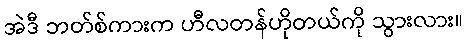
အဲဒီ ဘတ်စ်ကားက ဟီလတန်ဟိုတယ်ကို သွားလား။